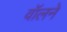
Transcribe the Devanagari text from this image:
वॉलने